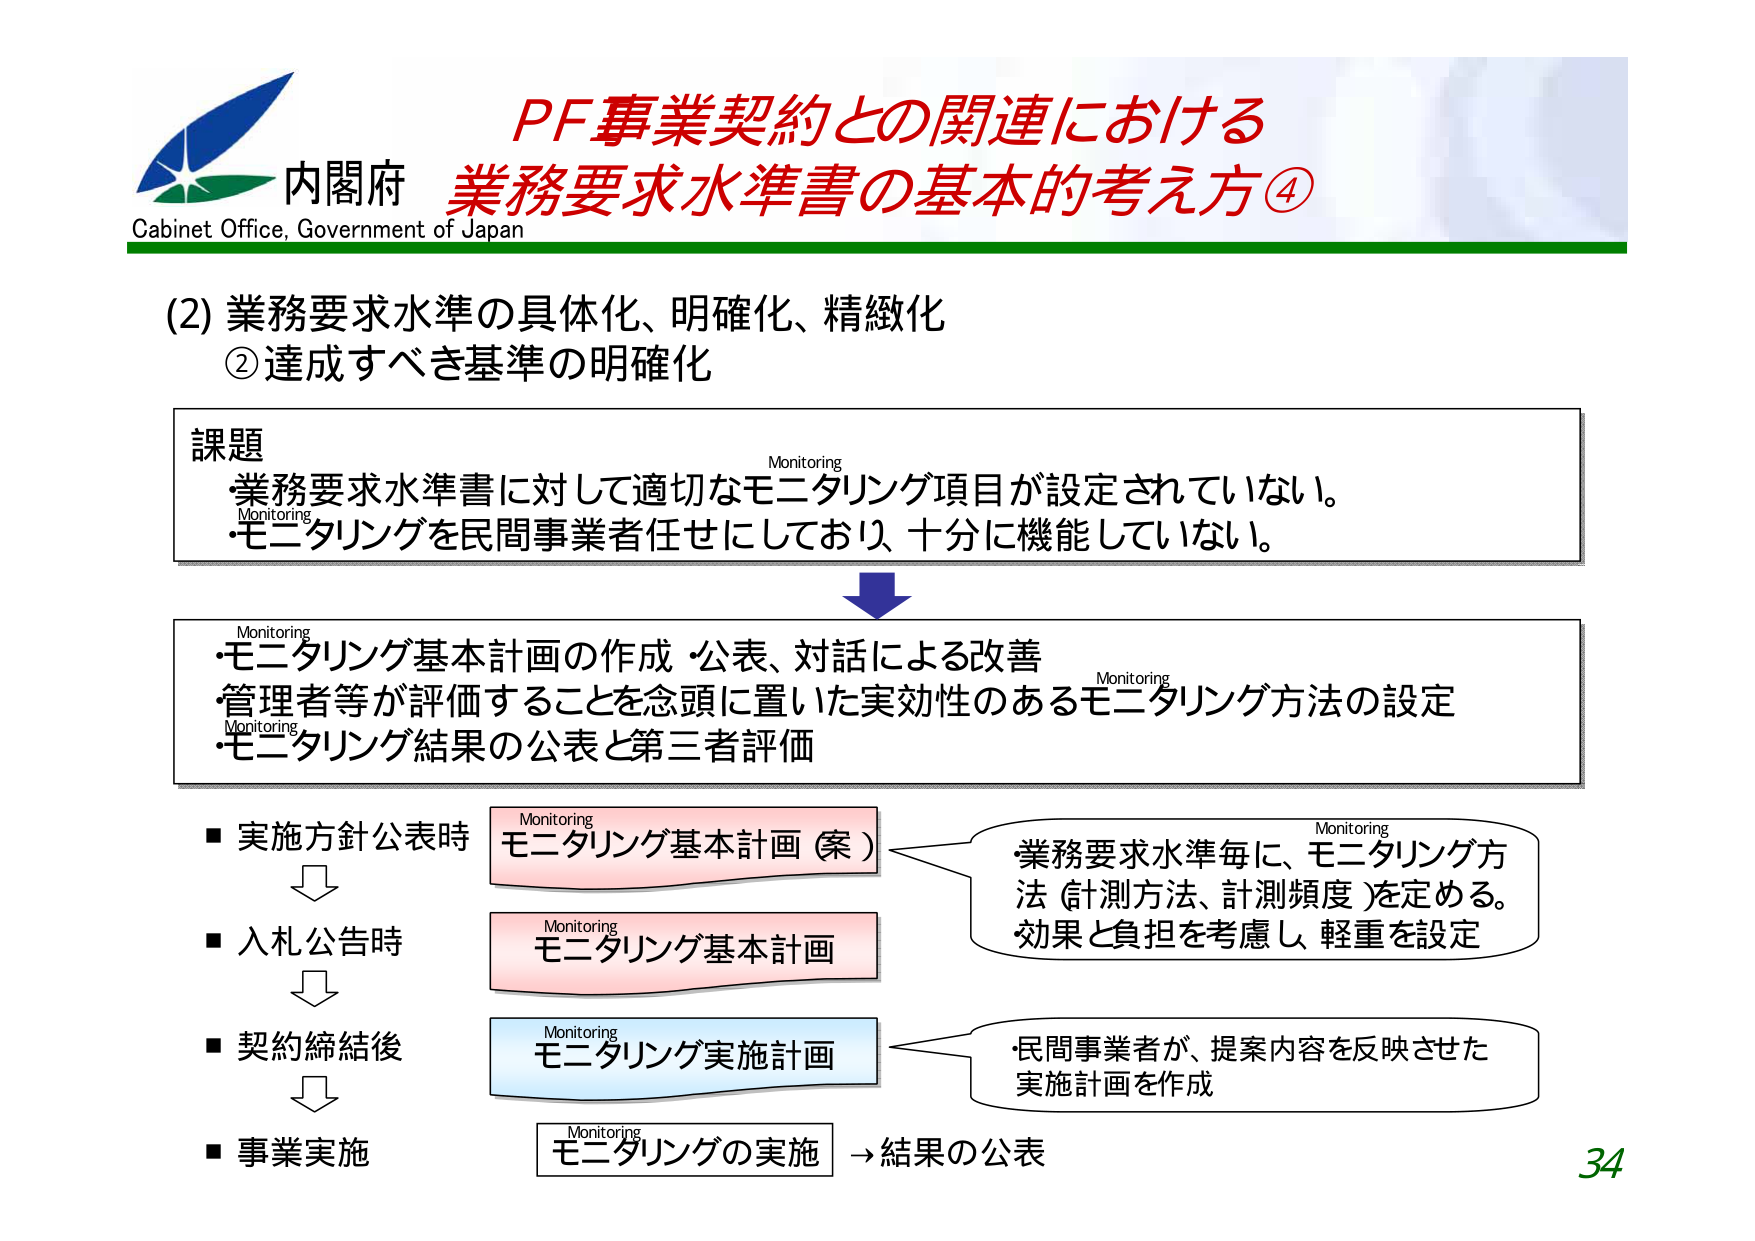
内閣府
Cabinet Office, Government of Japan

PF事業契約との関連における
業務要求水準書の基本的考え方④

(2) 業務要求水準の具体化、明確化、精緻化
② 達成すべき基準の明確化

課題
・業務要求水準書に対して適切なモニタリング項目が設定されていない。
・モニタリングを民間事業者任せにしており、十分に機能していない。

Monitoring

・モニタリング基本計画の作成・公表、対話による改善
・管理者等が評価することを念頭に置いた実効性のあるモニタリング方法の設定
・モニタリング結果の公表と第三者評価

Monitoring
Monitoring
Monitoring

■ 実施方針公表時
↓
■ 入札公告時
↓
■ 契約締結後
↓
■ 事業実施

Monitoring
モニタリング基本計画（案）

Monitoring
モニタリング基本計画

Monitoring
モニタリング実施計画

Monitoring
モニタリングの実施 → 結果の公表

Monitoring
・業務要求水準毎に、モニタリング方法（計測方法、計測頻度）を定める。
効果と負担を考慮し、軽重を設定

Monitoring
・民間事業者が、提案内容を反映させた実施計画を作成

34